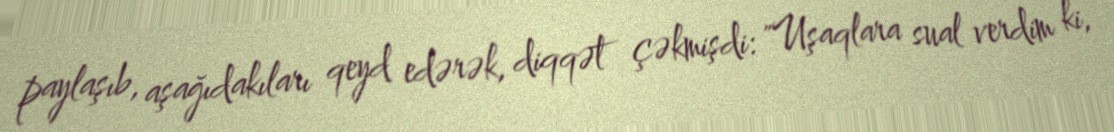
paylaşıb, aşağıdakıları qeyd edərək, diqqət çəkmişdi: "Uşaqlara sual verdim ki,